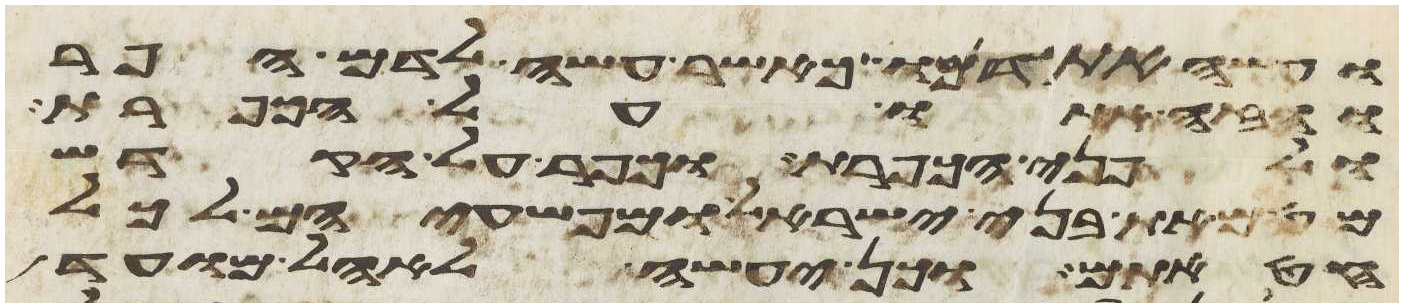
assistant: ועשה את דמו כאשר עשה לדם הפר
והזה אתו על הכפרת
ולפני הכפרת וכפר על הקדש
מטמאת בני ישראל ומפשעיהם לכל
חטאתם וכן יעשה לאהל מועד